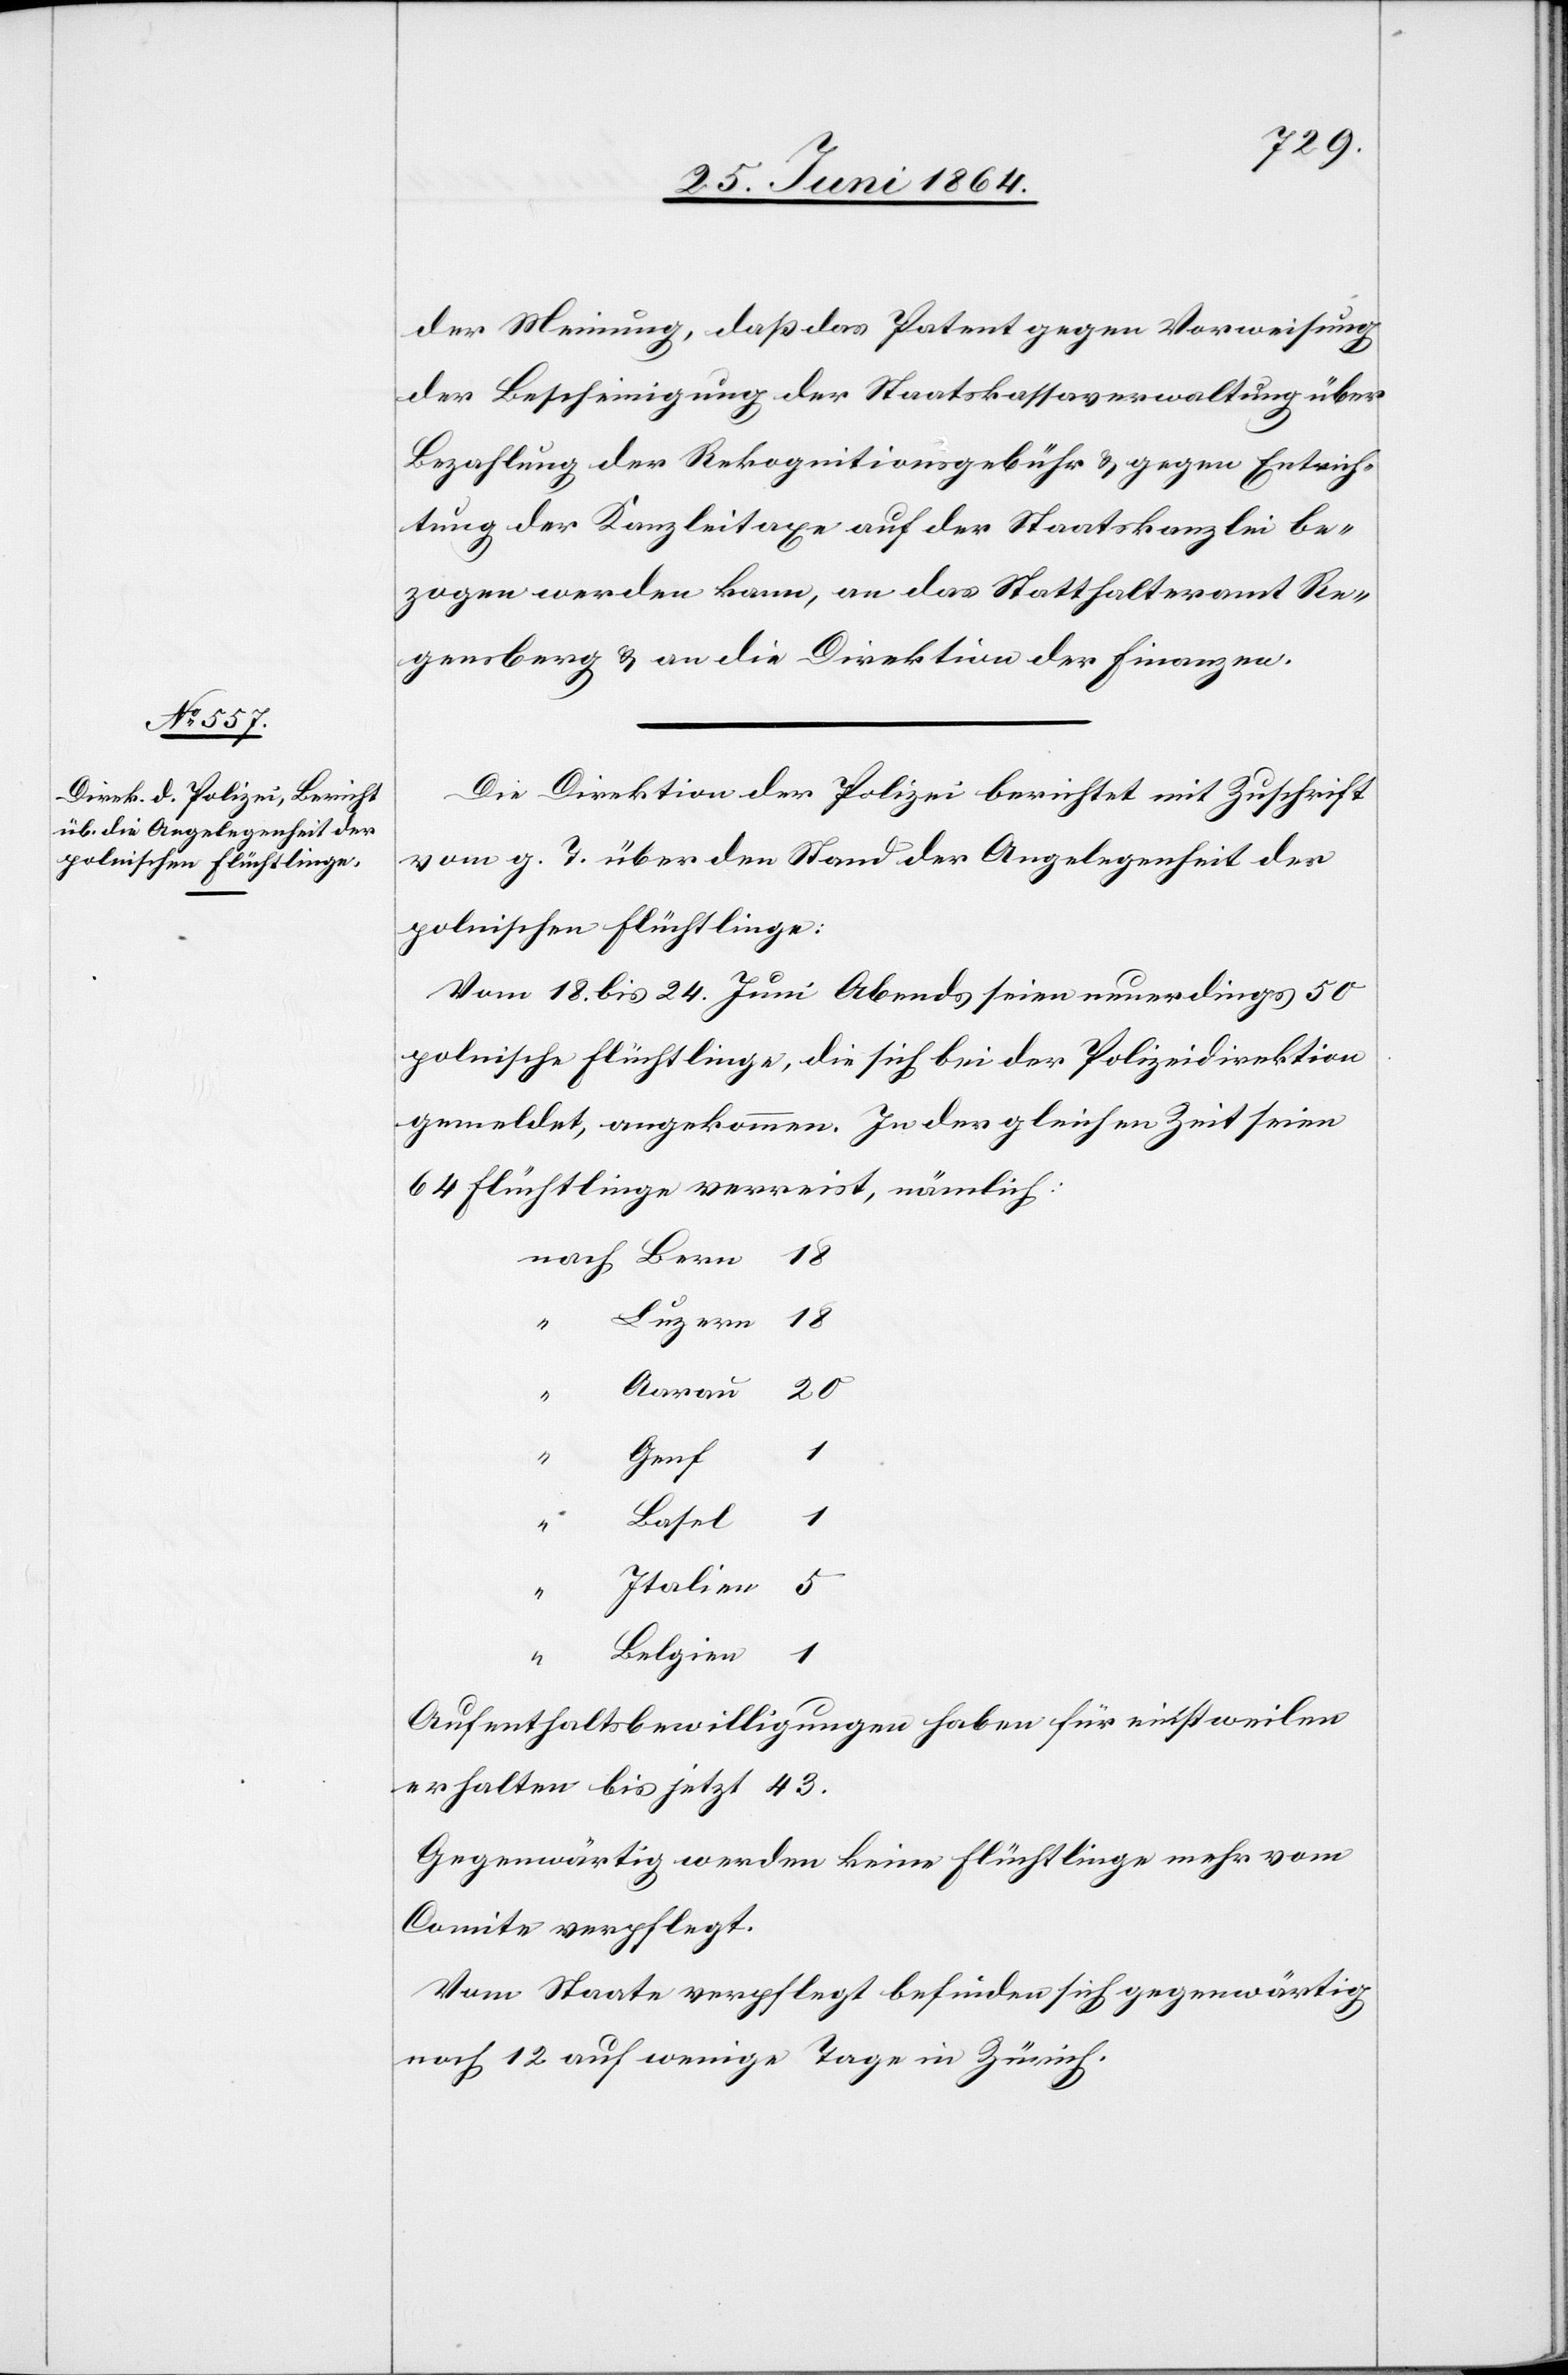
der Meinung, daß das Patent gegen Vorweisung
der Bescheinigung der Staatskassaverwaltung über
Bezahlung der Rekognitionsgebühr u. gegen Entrich¬
tung der Kanzleitaxe auf der Staatskanzlei be¬
zogen werden kann, an das Statthalteramt Re¬
gensberg u. an die Direktion der Finanzen.
Die Direktion der Polizei berichtet mit Zuschrift
vom g. T. über den Stand der Angelegenheit der
polnischen Flüchtlinge:
Vom 18. bis 24. Juni Abends seien neuerdings 50
polnische Flüchtlinge, die sich bei der Polizeidirektion
gemeldet, angekommen. In der gleichen Zeit seien
64 Flüchtlinge verreist, nämlich:
1
Aufenthaltsbewilligung haben mittlerweilen
erhalten bis jetzt 43.
Gegenwärtig werden keine Flüchtlinge mehr vom
Comite verpflegt.
Vom Staate verpflegt befinden sich gegenwärtig
noch 12 auf wenige Tage in Zürich.